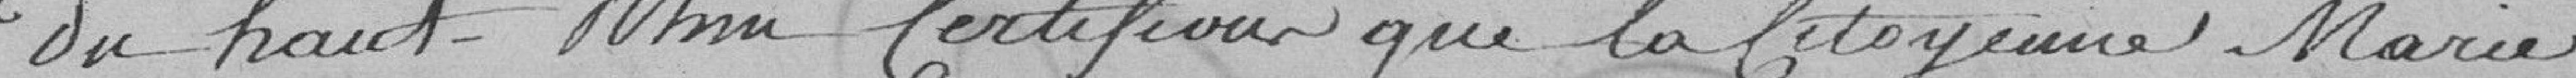
du Haut-Rhin certifions que la citoyenne Marie